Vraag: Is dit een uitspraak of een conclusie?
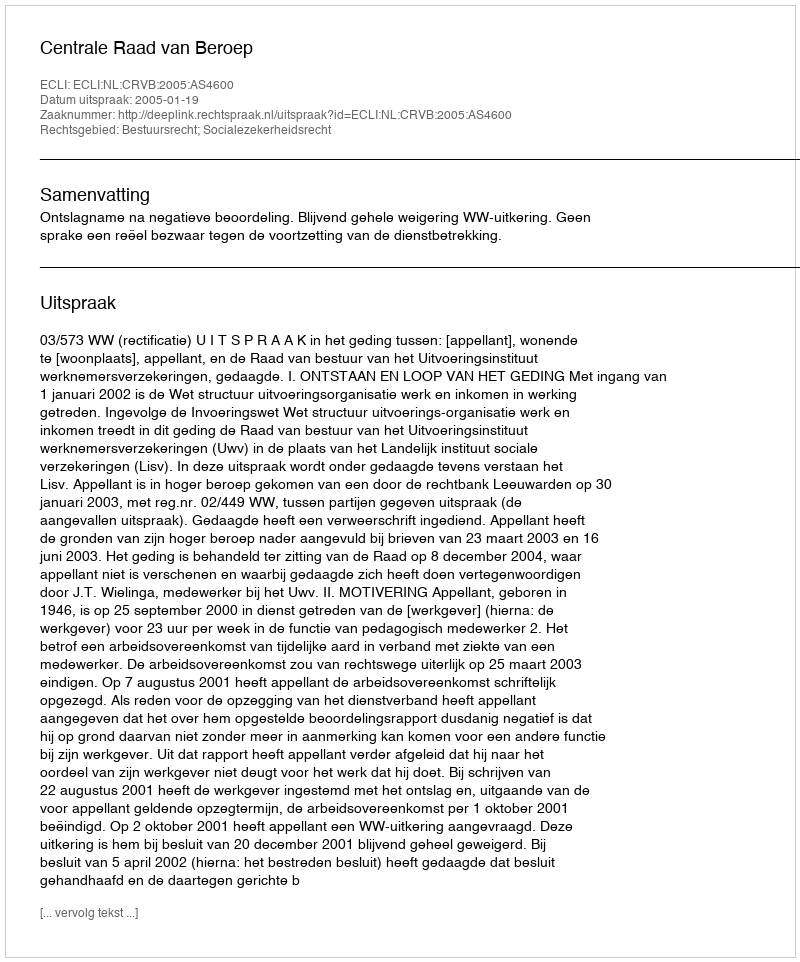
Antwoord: Uitspraak